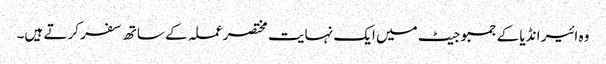
وہ ائیر انڈیا کے جمبو جیٹ میں ایک نہایت مختصر عملہ کے ساتھ سفر کرتے ہیں۔